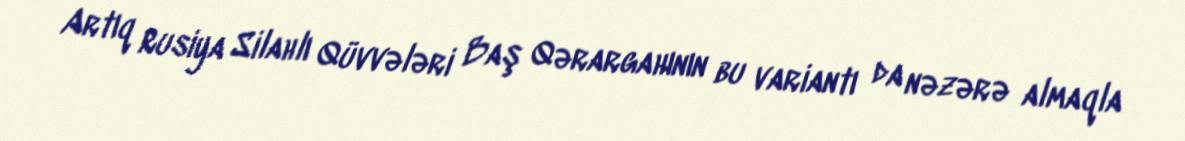
Artıq Rusiya Silahlı Qüvvələri Baş Qərargahının bu variantı da nəzərə almaqla